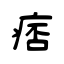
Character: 痞